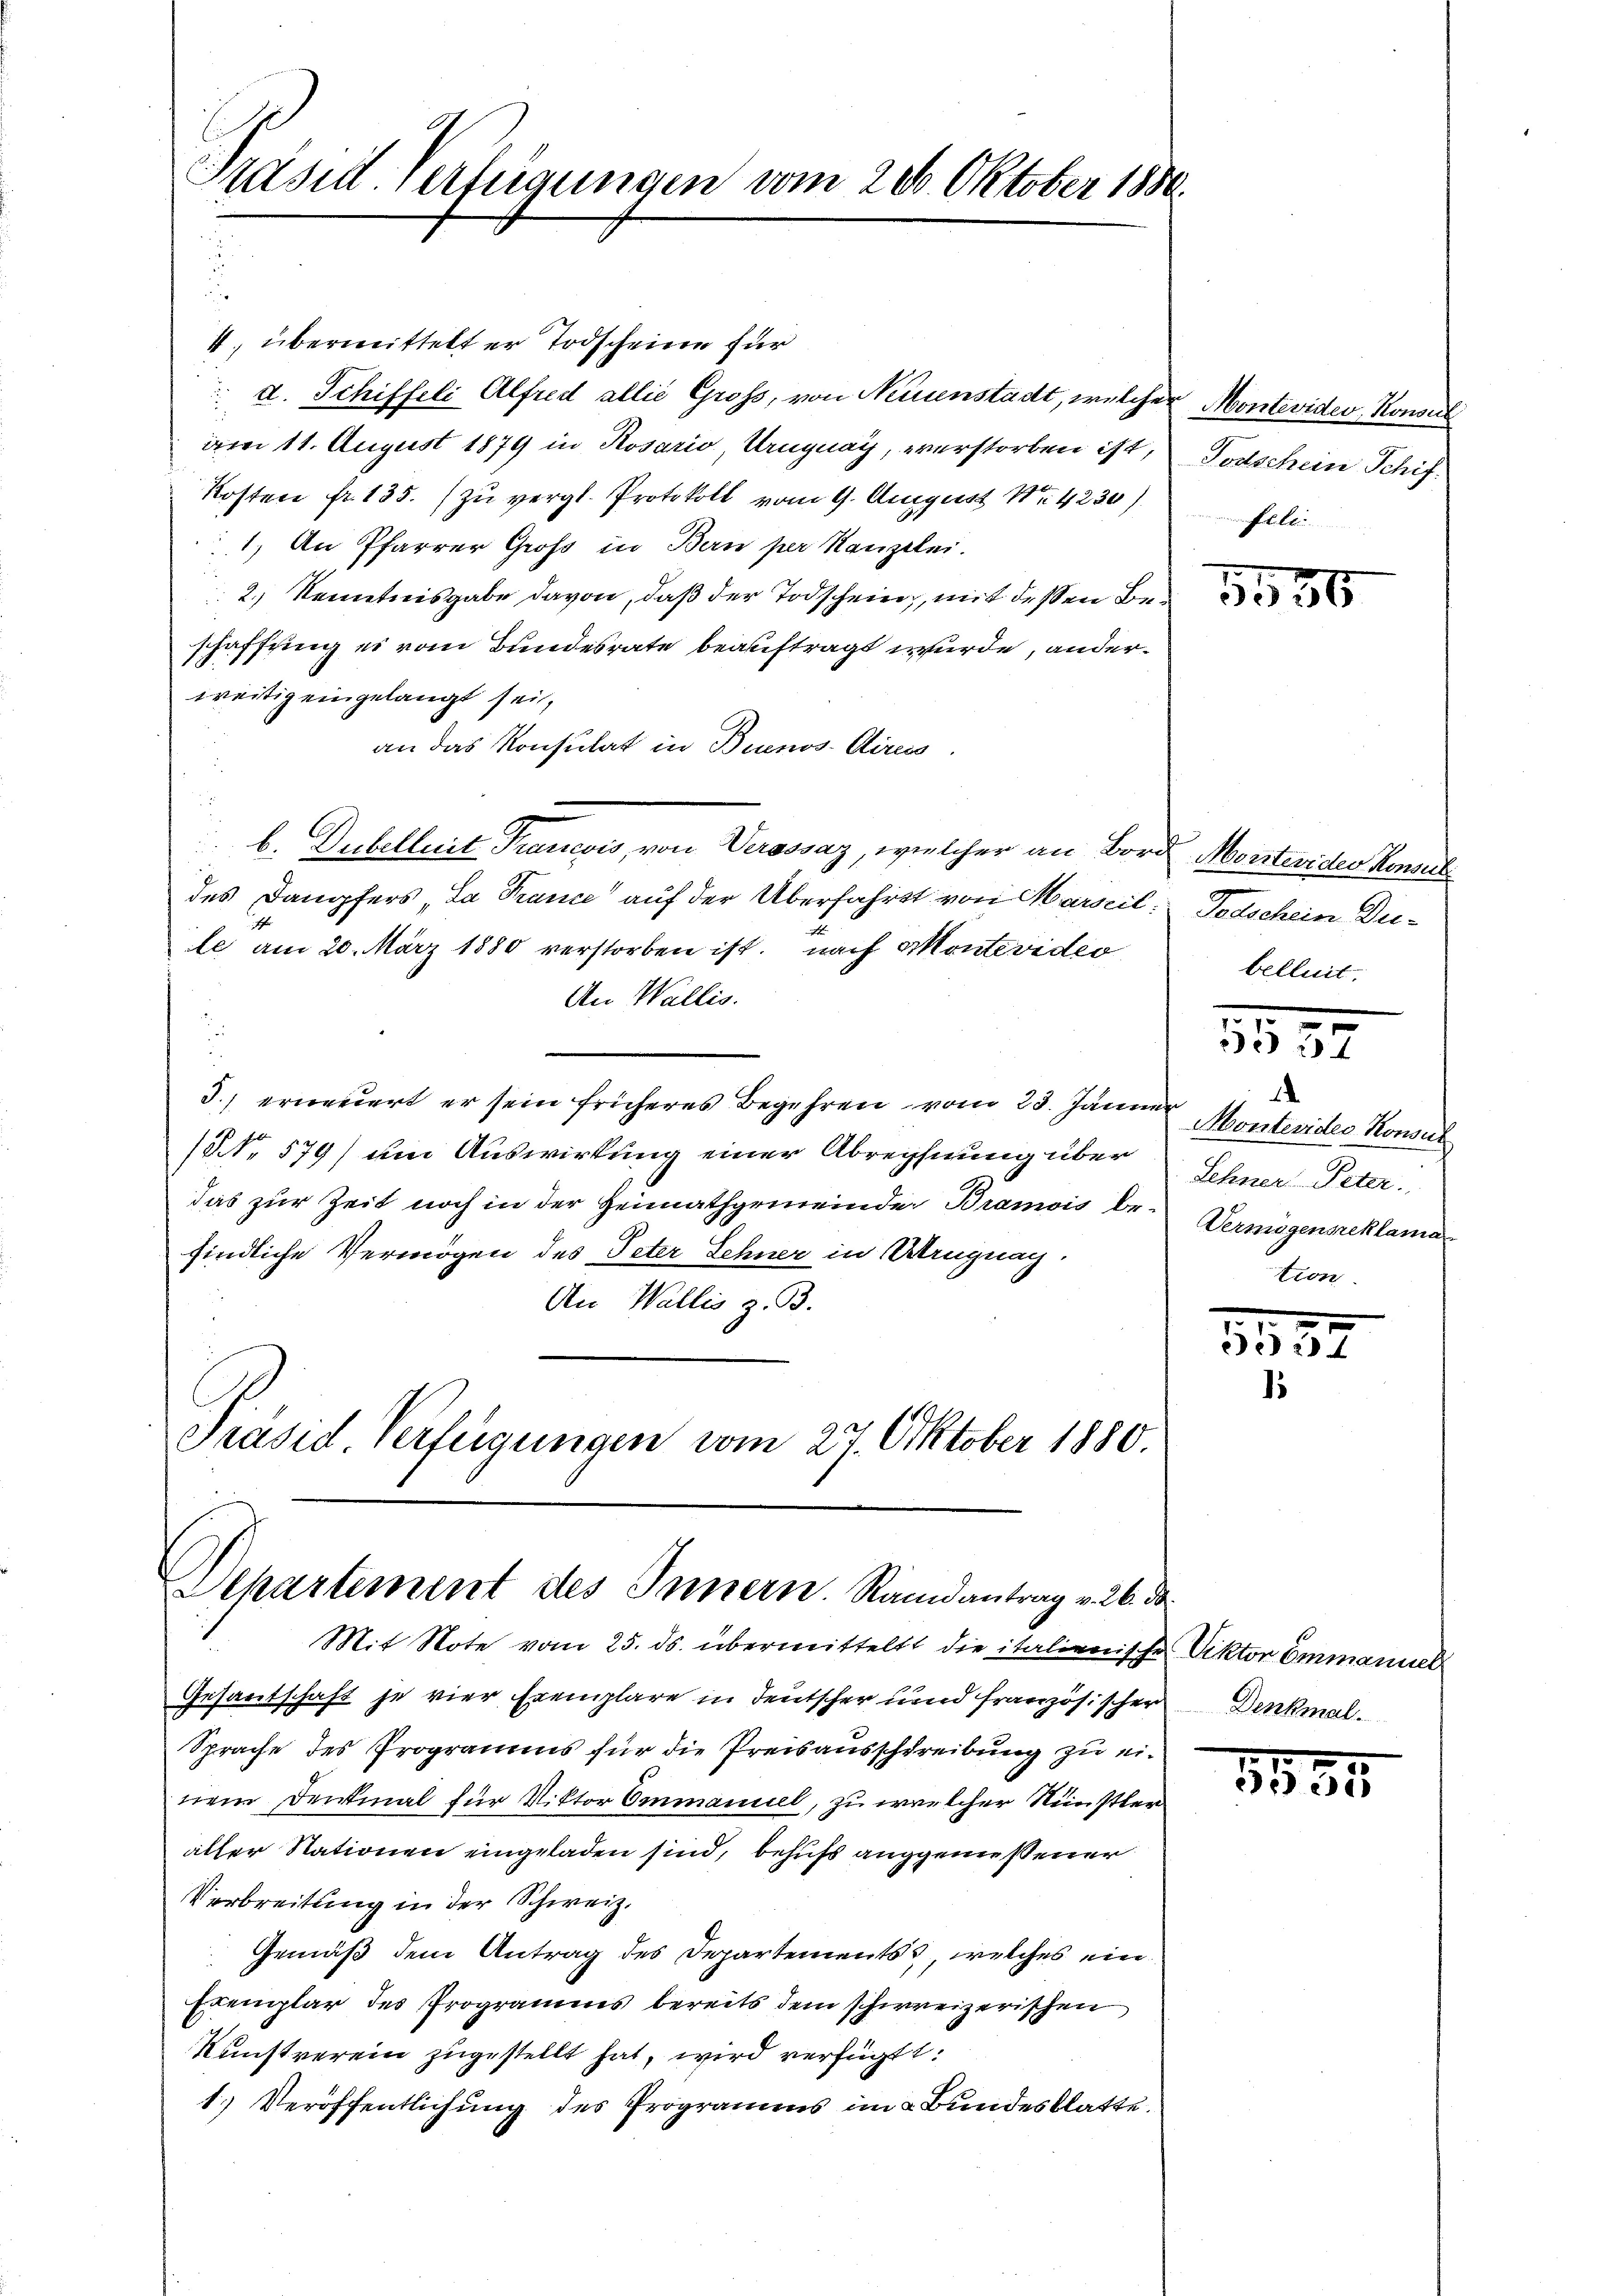
Präses Verfügungen vom 20. Oktober 1880.

4. übermittelt er Todscheine für
 d. Schiffeli Alfred allie Gross, von Neuenstadt, welcher Montevider-Konsul
am 11. August 1879 in Rosario, Uruguay, verstorben ist, Todschein Schif¬
Kosten fr. 135. zu vergl. Protokoll vom 9. August 14230).
1) An Pfarrer Groß in Bern per Kanzelei.
2.) Kenntnisgabe davon, daß der Todschein, mit deßen Beschaffung es vom Bundesrate beauftragt wurde, anderweitig eingelangt sei,
an das Konsulat in Buenos-Aires.
b. Dubelluit Francois, von Verossaz, welcher an Bord Montevides Konsul
des Dampfers „La France auf der Überfahrt von Marseil: Todschein Di¬
4
le am 20. März 1880 verstorben ist. nach Montevideo
An Wallis.
3.) erneuert er sein früheres Begehren vom 23. Jänner
(NNo. 579) um Auswirkung einer Abrechnung über Scher Peter
das zur Zeit noch in der Heimathgemeinde Bramois be-Vermögensreklama
findliche Vermögen des Peter Sehner in trugnag.
An Wallis z. B.
Präsid. Verfügungen vom 27. Oktober 1880.

Aepartement des Innern. Randantrag v. 26. ds.

Mit Note vom 25. ds. übermittelt die italienische Viktor Emmanuel
Gesantschaft je vier Exemplare in Deutscher und französischer Denkmal
Sprache des Programms für die Preisausschreibung zu einem Denkmal für Viktor Emmaniel, zu welcher Künstler
aller Stationen eingeladen sind, behufs angeniessener
Verbreitung in der Schweiz.
Gemäß dem Antrag des Departements, welches ein
Exemplar des Programms bereits dem schweizerischen
Kunstverein zugestellt hat, wird verfügt:
1.) Veröffentlichung des Programms im Bundesblatte.

unfehlte

belleit,

5552

.
Montevides Konsul
tion

1387
1

1
2